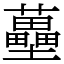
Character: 蘲